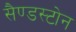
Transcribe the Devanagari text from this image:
सैण्डस्टोन